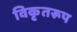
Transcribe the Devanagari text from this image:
विकृतरूप